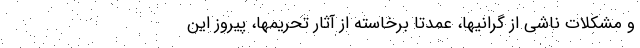
و مشکلات ناشی از گرانیها، عمدتاً برخاسته از آثار تحریمها، پیروز این